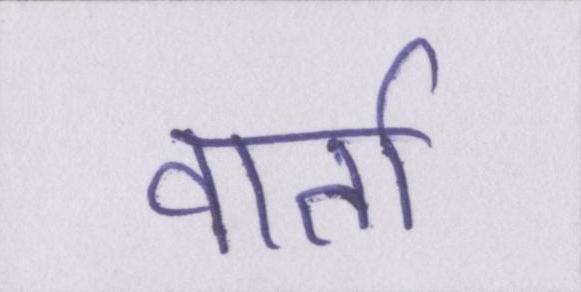
वार्ता